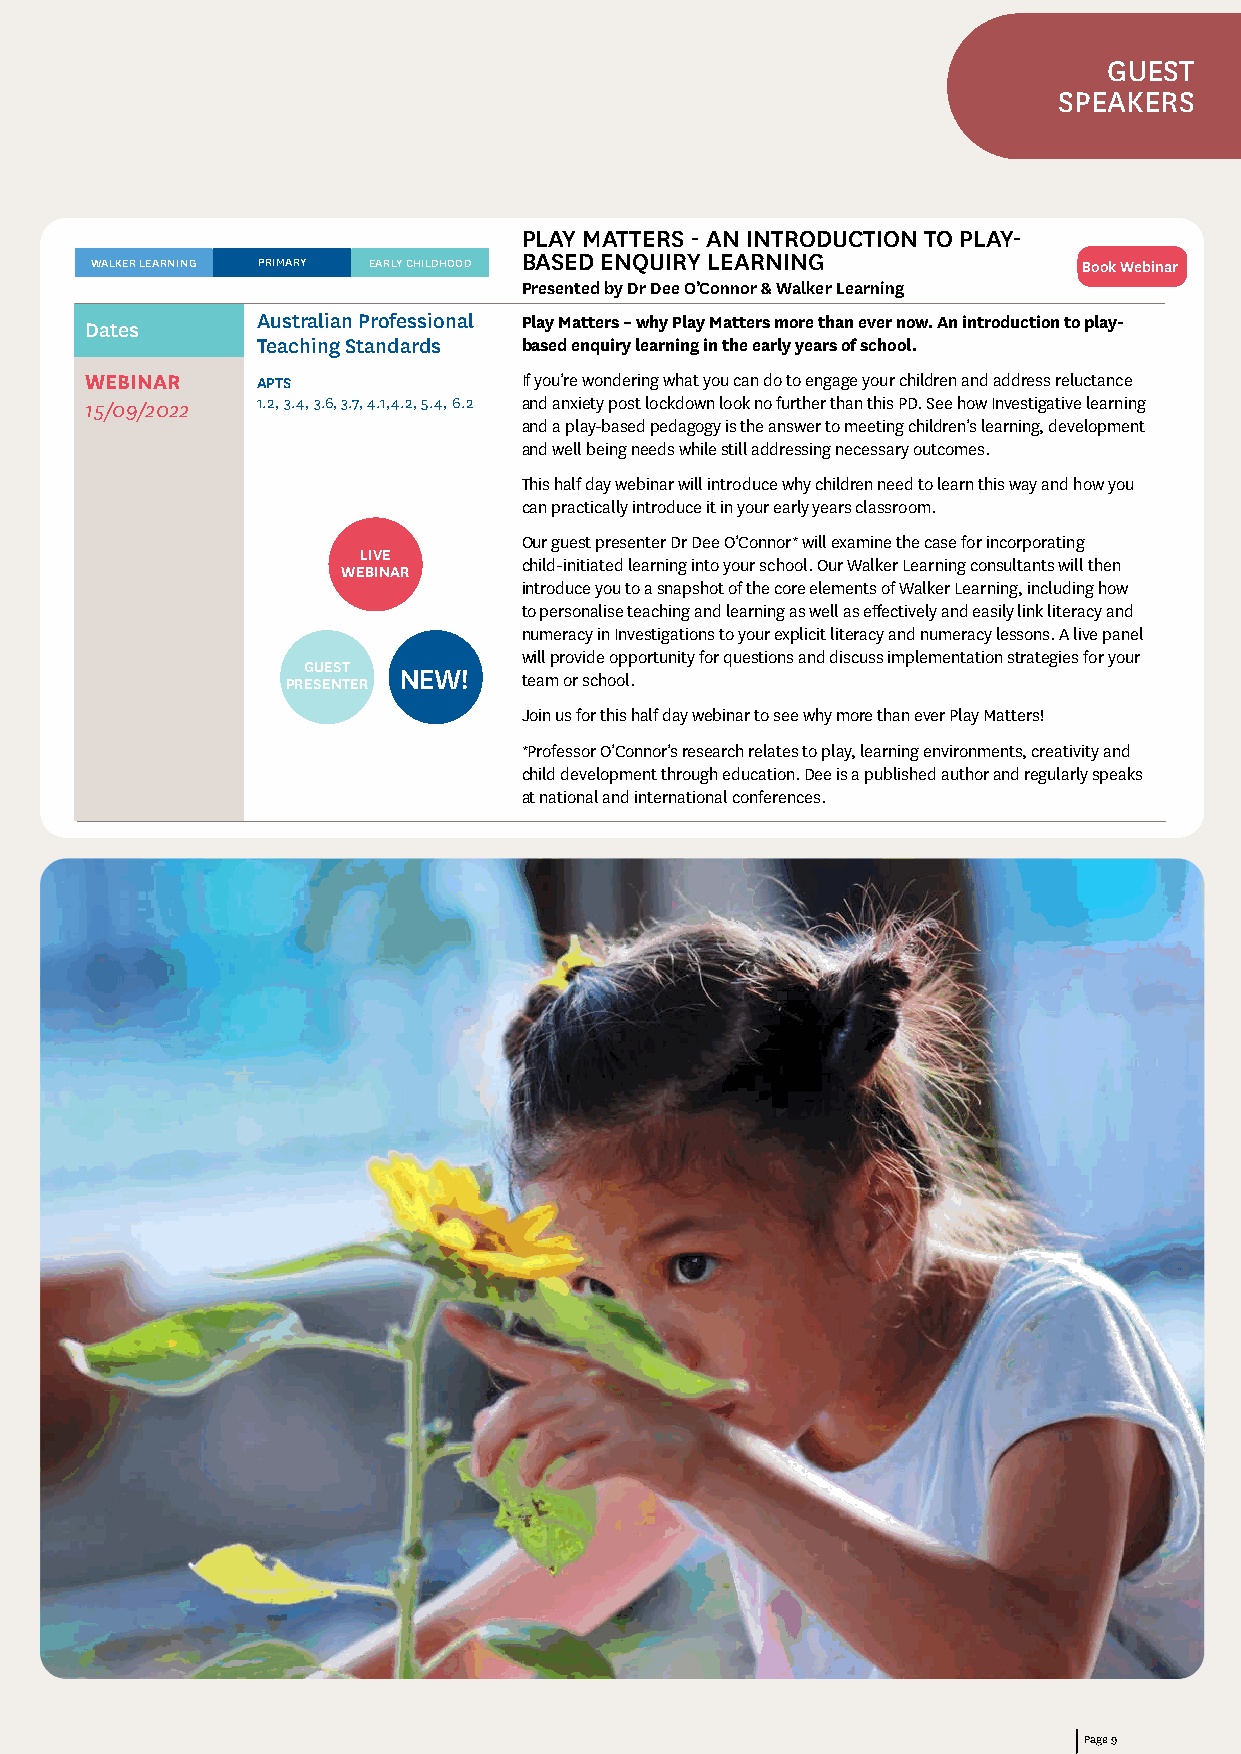
GUEST
 SPEAKERS
 PLAY MATTERS - AN INTRODUCTION TO PLAY-
 BASED ENQUIRY LEARNING
 WALKER LEARNING PRIMARY EARLY CHILDHOOD                           Book Webinar
 Presented by Dr Dee O’Connor & Walker Learning
 Dates      Australian Professional Play Matters – why Play Matters more than ever now. An introduction to play-
 Teaching Standards based enquiry learning in the early years of school.
 WEBINAR    APTS              If you’re wondering what you can do to engage your children and address reluctance
 15/09/2022 1.2, 3.4, 3.6, 3.7, 4.1,4.2, 5.4, 6.2 and anxiety post lockdown look no further than this PD. See how Investigative learning
 and a play-based pedagogy is the answer to meeting children’s learning, development
 and well being needs while still addressing necessary outcomes.
 This half day webinar will introduce why children need to learn this way and how you
 can practically introduce it in your early years classroom.
 Our guest presenter Dr Dee O’Connor* will examine the case for incorporating
 LIVE
 child-initiated learning into your school. Our Walker Learning consultants will then
 WEBINAR
 introduce you to a snapshot of the core elements of Walker Learning, including how
 to personalise teaching and learning as well as effectively and easily link literacy and
 numeracy in Investigations to your explicit literacy and numeracy lessons. A live panel
 will provide opportunity for questions and discuss implementation strategies for your
 GUEST NEW!
 PRESENTER       team or school.
 Join us for this half day webinar to see why more than ever Play Matters!
 *Professor O’Connor’s research relates to play, learning environments, creativity and
 child development through education. Dee is a published author and regularly speaks
 at national and international conferences.
 Page 9